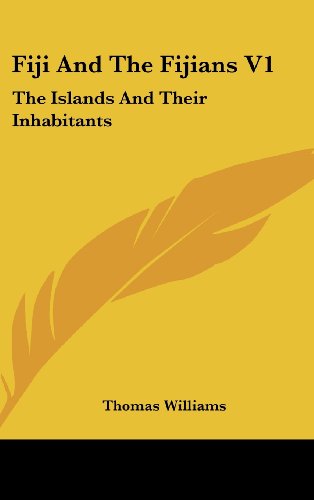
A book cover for Fiji And The Fijians V1: The Islands And Their Inhabitants; Thomas Williams; History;